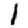
Digit: 1